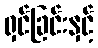
ရှင်ခြင်းနှင့်